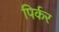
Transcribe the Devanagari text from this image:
पिर्कर